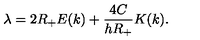
\lambda = 2 R _ { + } E ( k ) + \frac { 4 C } { h R _ { + } } K ( k ) .